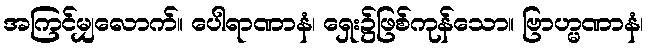
အကြင်မျှလောက်။ ပေါရာဏာနံ၊ ရှေး၌ဖြစ်ကုန်သော။ ဗြာဟ္မဏာနံ၊